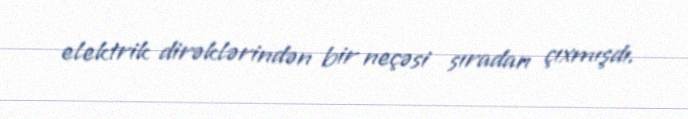
elektrik dirəklərindən bir neçəsi sıradan çıxmışdı.